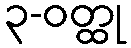
၃-ဝတ္ထု